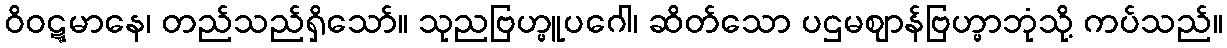
ဝိဝဋ္ဋမာနေ၊ တည်သည်ရှိသော်။ သုညဗြဟ္မူပဂေါ၊ ဆိတ်သော ပဌမဈာန်ဗြဟ္မာဘုံသို့ ကပ်သည်။